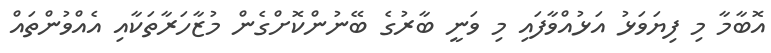
އޮބާމާ މި ފިޔަވަޅު އަޅުއްވާފައި މި ވަނީ ބާރުގެ ބޭނުންކޮށްގެން މުޒާހަރާތަކާއި އެއްވުންތައް